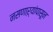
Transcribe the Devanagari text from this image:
नसणाऱ्यांपासून